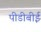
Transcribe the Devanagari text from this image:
पीडीबीई